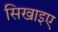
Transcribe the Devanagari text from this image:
सिखाइए